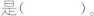
是（）。